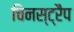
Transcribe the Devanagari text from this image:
चिनस्ट्रैप